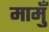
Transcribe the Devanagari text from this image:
मामुँ